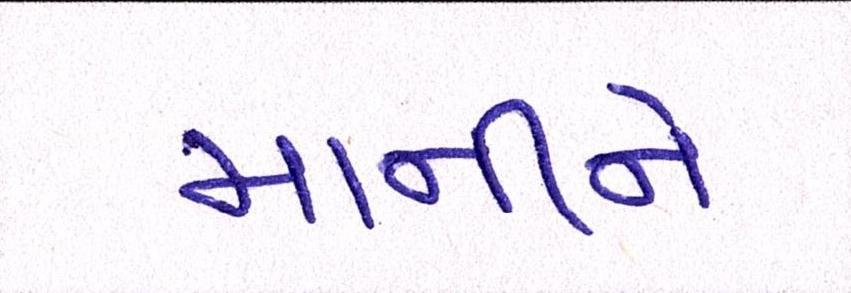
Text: માનીને